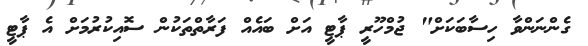
ގެންނަންވާ ހިސާބަކަށް" ޖުމްހޫރީ ޕާޓީ އަށް ބައެއް ފަރާތްތަކުން ސޮއިކުރުމަށް އެ ޕާޓީ